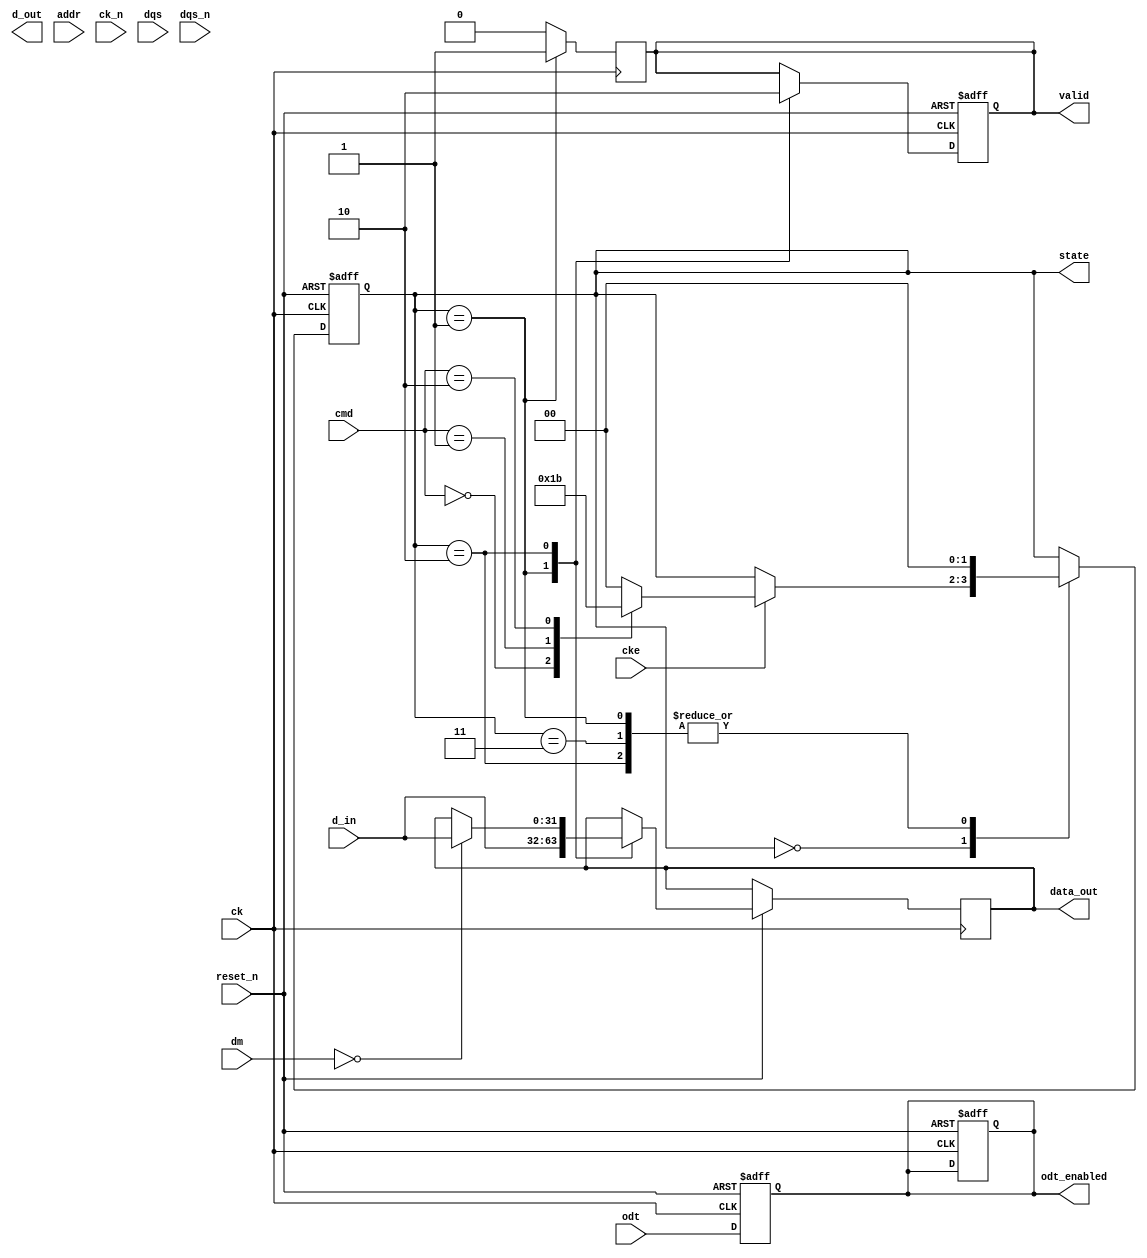
module ddr5_io_block (
    input wire [31:0] d_in,          // Data input (32 bits)
    output wire [31:0] d_out,        // Data output (32 bits)
    input wire [3:0] dm,              // Data mask input (4 bits)
    input wire [15:0] addr,           // Address input (16 bits)
    input wire [2:0] cmd,             // Command input (3 bits)
    input wire ck,                    // Clock input (CK)
    input wire ck_n,                  // Inverted clock input (CK#)
    input wire cke,                   // Clock enable (CKE)
    input wire dqs,                   // Data strobe (DQS)
    input wire dqs_n,                 // Inverted data strobe (DQS#)
    input wire odt,                   // On-die termination control
    input wire reset_n,               // Active-low reset
    output reg valid,                 // Data valid output
    output reg [31:0] data_out,       // Output data
    output reg odt_enabled,           // On-die termination status
    output reg [1:0] state            // State of the FSM
);

// State Encoding
localparam IDLE      = 2'b00;
localparam READ      = 2'b01;
localparam WRITE     = 2'b10;
localparam REFRESH   = 2'b11;

// Timing Parameters (simplified)
localparam tRCD = 10; // Example timing parameter
localparam tCAS = 10; // Example timing parameter
localparam tRP  = 10; // Example timing parameter

// State Machine for Control Logic
always @(posedge ck or negedge reset_n) begin
    if (!reset_n) begin
        state <= IDLE;
        valid <= 0;
        odt_enabled <= 0;
    end else begin
        case (state)
            IDLE: begin
                if (cke) begin
                    case (cmd)
                        3'b000: state <= READ;   // Read command
                        3'b001: state <= WRITE;  // Write command
                        3'b010: state <= REFRESH; // Refresh command
                        default: state <= IDLE;
                    endcase
                end
            end
            
            READ: begin
                // Simulate read operation
                data_out <= d_in; // Capture data on read
                valid <= 1;       // Data is valid
                state <= IDLE;    // Go back to idle
            end
            
            WRITE: begin
                // Simulate write operation
                if (!dm) begin // If data mask is not asserted
                    data_out <= d_in; // Output data
                end
                valid <= 0; // Reset valid after write
                state <= IDLE; // Go back to idle
            end
            
            REFRESH: begin
                // Simulate refresh operation
                // (Implement refresh logic here)
                state <= IDLE; // Go back to idle
            end
            
            default: state <= IDLE;
        endcase
    end
end

// On-die termination control
always @(posedge ck or negedge reset_n) begin
    if (!reset_n) begin
        odt_enabled <= 0;
    end else begin
        odt_enabled <= odt; // Enable/disable ODT based on input
    end
end

// Output Data Valid signal
always @(posedge ck) begin
    if (state == READ) begin
        valid <= 1; // Data valid during read
    end else begin
        valid <= 0; // Reset valid otherwise
    end
end

endmodule